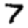
Digit: 7